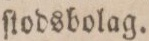
ſtodsbolag.